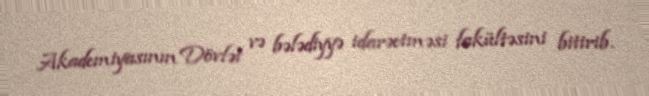
Akademiyasının Dövlət və bələdiyyə idarəetməsi fakültəsini bitirib.